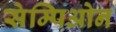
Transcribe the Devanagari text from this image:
सेम्पिओन